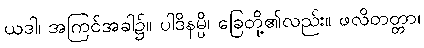
ယဒါ၊ အကြင်အခါ၌။ ပါဒိနမ္ပိ၊ ခြေတို့၏လည်း။ ဖလိတတ္တာ၊